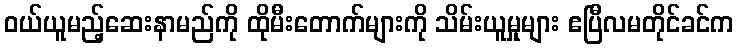
ဝယ်ယူမည့်ဆေးနာမည်ကို ထိုမီးတောက်များကို သိမ်းယူမှုများ ဧပြီလမတိုင်ခင်က